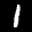
Label: 1